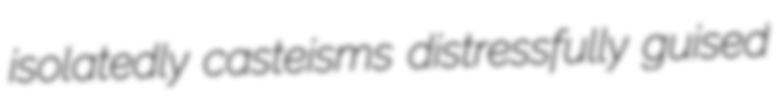
isolatedly casteisms distressfully guised